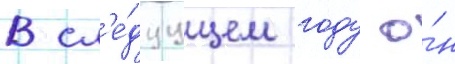
В сл'е́дуущем году о́н